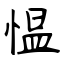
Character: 愠